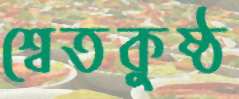
শ্বেতকুষ্ঠ